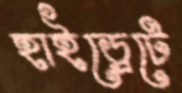
হাইড্রেটে